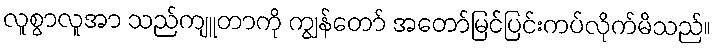
လူစွာလူအာ သည်ကျူတာကို ကျွန်တော် အတော်မြင်ပြင်းကပ်လိုက်မိသည်။